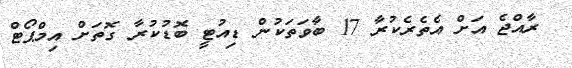
ރާއްޖެ އަށް އެތެރެކުރާ 17 ބާވަތަކުން ޑިއުޓީ ބޮޑުކުރާ ގޮތަށް އިމްޕޯޓް